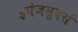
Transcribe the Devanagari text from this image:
इमेजमूवर्स